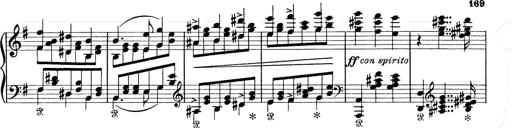
Title: 6 Polish Songs
Composer: Franz Liszt